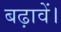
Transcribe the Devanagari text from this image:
बढ़ावें।